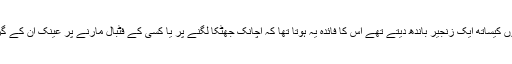
گئے وقتوں میں لوگ بالخصوص بزرگ اپنی عینک کے دونوں سروں کیساتھ ایک زنجیر باندھ دیتے تھے اس کا فائدہ یہ ہوتا تھا کہ اچانک جھٹکا لگنے پر یا کسی کے فٹبال مارنے پر عینک ان کے گریبان میں آ جاتی تھی اور اسی بہانے وہ اس میں جھانک لیتے تھے۔